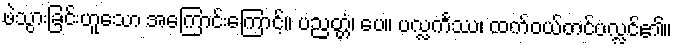
ဖဲသွားခြင်းဟူသော အကြောင်းကြောင့်။ ပညတ္တံ၊ ပေ။ ပလ္လင်္ကဿ၊ ထက်ဝယ်တင်ပလ္လင်၏။